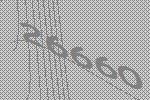
26660